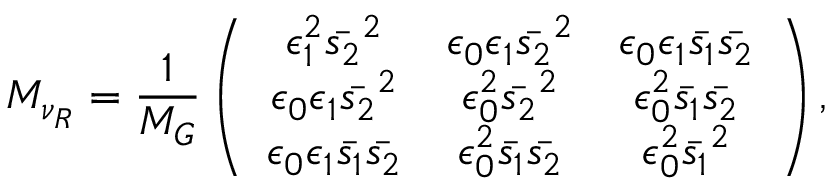
M _ { \nu _ { R } } = \frac { 1 } { M _ { G } } \left( \begin{array} { c c c } { { \epsilon _ { 1 } ^ { 2 } \bar { s _ { 2 } } ^ { 2 } } } & { { \epsilon _ { 0 } \epsilon _ { 1 } \bar { s _ { 2 } } ^ { 2 } } } & { { \epsilon _ { 0 } \epsilon _ { 1 } \bar { s _ { 1 } } \bar { s _ { 2 } } } } \\ { { \epsilon _ { 0 } \epsilon _ { 1 } \bar { s _ { 2 } } ^ { 2 } } } & { { \epsilon _ { 0 } ^ { 2 } \bar { s _ { 2 } } ^ { 2 } } } & { { \epsilon _ { 0 } ^ { 2 } \bar { s _ { 1 } } \bar { s _ { 2 } } } } \\ { { \epsilon _ { 0 } \epsilon _ { 1 } \bar { s _ { 1 } } \bar { s _ { 2 } } } } & { { \epsilon _ { 0 } ^ { 2 } \bar { s _ { 1 } } \bar { s _ { 2 } } } } & { { \epsilon _ { 0 } ^ { 2 } \bar { s _ { 1 } } ^ { 2 } } } \end{array} \right) ,